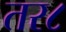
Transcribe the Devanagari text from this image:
तर८